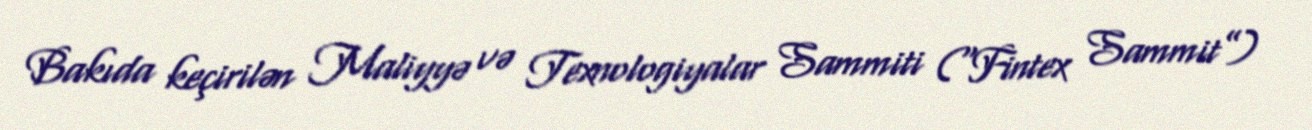
Bakıda keçirilən Maliyyə və Texnologiyalar Sammiti (“Fintex Sammit”)